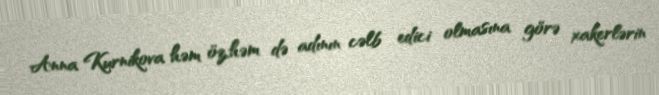
Anna Kurnikova həm öz,həm də adının cəlb edici olmasına görə xakerlərin